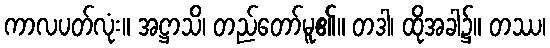
ကာလပတ်လုံး။ အဋ္ဌာသိ၊ တည်တော်မူ၏။ တဒါ၊ ထိုအခါ၌။ တဿ၊